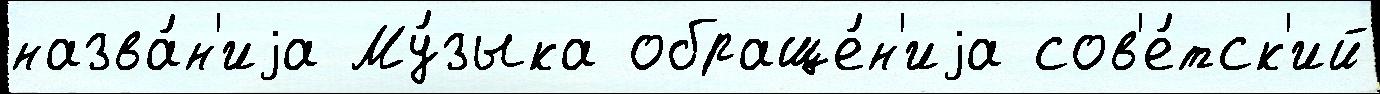
назва́н'иjа Му́зыка обраще́н'иjа сов'е́тск'ий